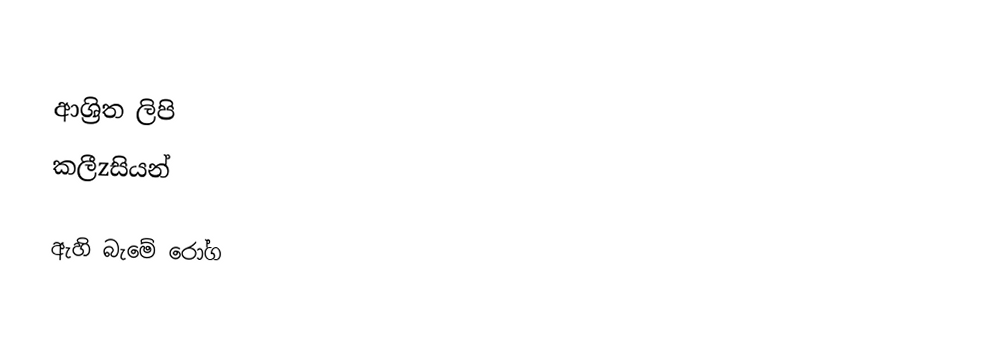

ආශ්‍රිත ලිපි
 කලීzසියන්

ඇහි බැමේ රෝග